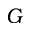
G